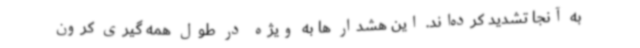
به آنجا تشدید کرده‌اند. این هشدار ها به ویژه در طول همه گیری کرون